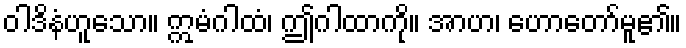
ဝါဒိနံဟူသော။ ဣမံဂါထံ၊ ဤဂါထာကို။ အာဟ၊ ဟောတော်မူ၏။